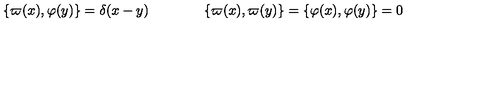
\{ \varpi ( x ) , \varphi ( y ) \} = \delta ( x - y ) \qquad \qquad \{ \varpi ( x ) , \varpi ( y ) \} = \{ \varphi ( x ) , \varphi ( y ) \} = 0